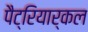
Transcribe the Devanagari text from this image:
पैट्रियार्कल